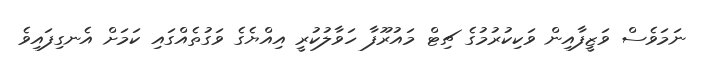
ނަމަވެސް ވަޒީފާއިން ވަކިކުރުމުގެ ޗިޓް މައުރޫފާ ހަވާލުކުރީ އިއްޔެގެ ވަގުތެއްގައި ކަމަށް އެނގިފައިވެ